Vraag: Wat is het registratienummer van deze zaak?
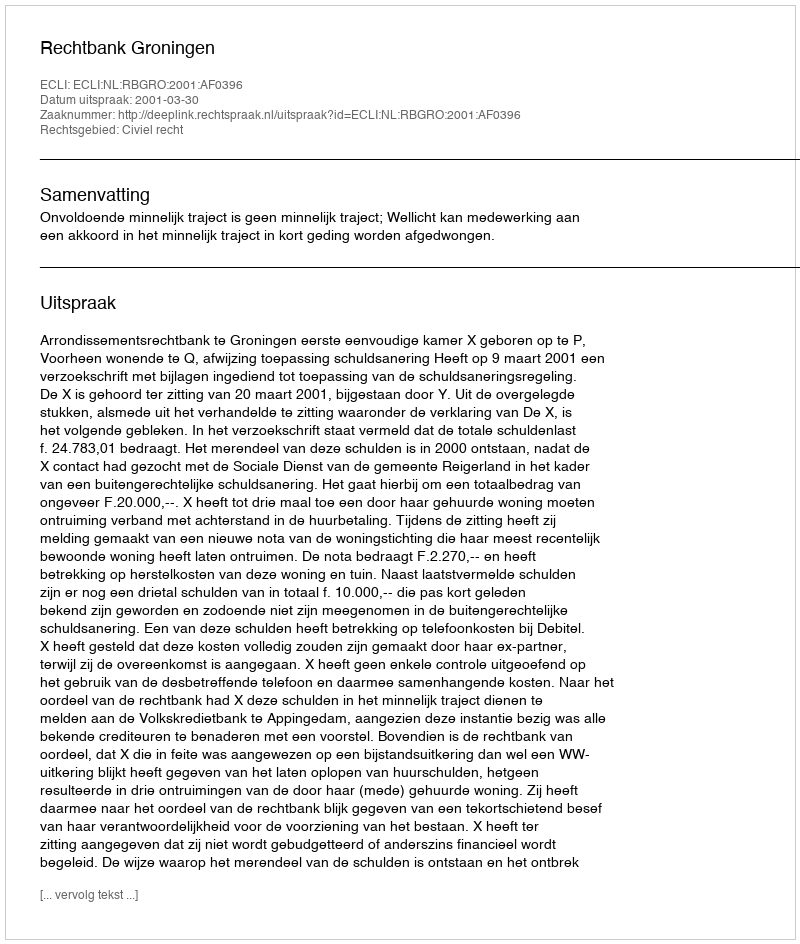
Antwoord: http://deeplink.rechtspraak.nl/uitspraak?id=ECLI:NL:RBGRO:2001:AF0396